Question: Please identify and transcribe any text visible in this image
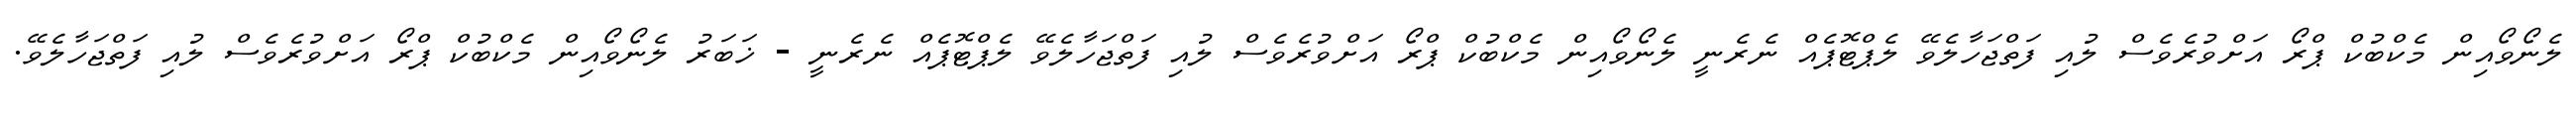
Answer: ލެނޯވޯއިން މެކްބުކް ޕްރޯ އަށްވުރެވެސް ލުއި ފަތްޖަހާލެވޭ ލެޕްޓޮޕެއް ނެރެނީ ލެނޯވޯއިން މެކްބުކް ޕްރޯ އަށްވުރެވެސް ލުއި ފަތްޖަހާލެވޭ ލެޕްޓޮޕެއް ނެރެނީ - ޚަބަރު ލެނޯވޯއިން މެކްބުކް ޕްރޯ އަށްވުރެވެސް ލުއި ފަތްޖަހާލެވޭ.